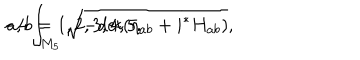
- 4 \int _ { M _ { 5 } } { } \sqrt [ [object Object] ] ] { - d e t ( \eta _ { a b } + i { } ^ { * } H _ { a b } ) } , \hspace { . 5 c m } a , b = 1 , 2 , 3 , 4 , 5 .